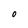
Character: 0